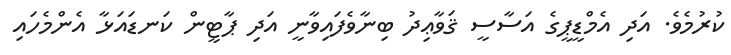
ކުރުމެވެ. އަދި އެމްޑީޕީގެ އަސާސީ ޤަވާޢިދު ބިނާވެފައިވާނީ އަދި ޕާޓީން ކަނޑައަޅާ އެންމެހައި